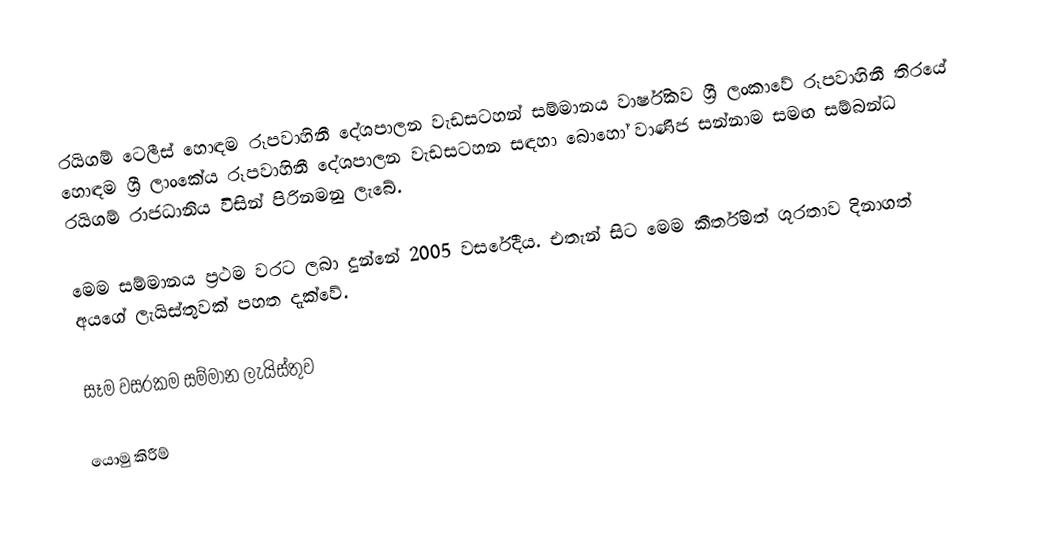
රයිගම් ටෙලීස් හොඳම රූපවාහිනී දේශපාලන වැඩසටහන් සම්මානය වාර්ෂිකව ශ්‍රී ලංකාවේ රූපවාහිනී තිරයේ හොඳම ශ්‍රී ලාංකේය රූපවාහිනී දේශපාලන වැඩසටහන සඳහා බොහෝ වාණිජ සන්නාම සමඟ සම්බන්ධ රයිගම් රාජධානිය විසින් පිරිනමනු ලැබේ.

මෙම සම්මානය ප්‍රථම වරට ලබා දුන්නේ 2005 වසරේදීය. එතැන් සිට මෙම කීර්තිමත් ශූරතාව දිනාගත් අයගේ ලැයිස්තුවක් පහත දැක්වේ.

සෑම වසරකම සම්මාන ලැයිස්තුව

යොමු කිරීම්